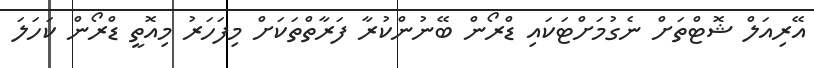
އޭރިއަލް ޝޮޓްތަށް ނެގުމަށްޓަކައި ޑްރޯން ބޭނުންކުރާ ފަރާތްތަކަށް މިފަހަރު މިއޮތީ ޑްރޯން ކަހަލަ